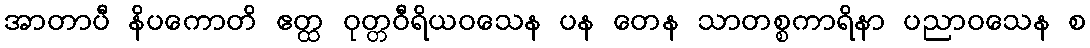
အာတာပီ နိပကောတိ ဧတ္ထ ဝုတ္တဝီရိယဝသေန ပန တေန သာတစ္စကာရိနာ ပညာဝသေန စ